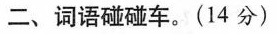
二、词语碰碰车。(14分)